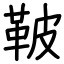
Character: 鞁